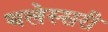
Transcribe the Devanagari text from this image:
थलेस्सरी